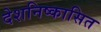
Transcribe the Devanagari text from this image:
देशनिष्कासित